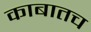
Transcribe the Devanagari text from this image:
काबातच